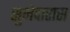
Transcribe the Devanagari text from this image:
सुभेदारास